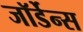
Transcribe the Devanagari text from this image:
जॉर्डेन्स